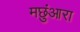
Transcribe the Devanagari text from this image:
मछुंआरा